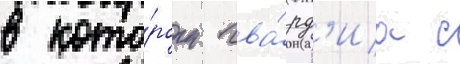
в кото́ром гва́рд'иа с